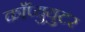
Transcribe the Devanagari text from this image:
काँप्युयुटर